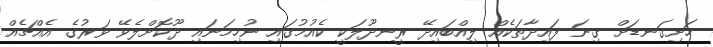
ހަށިގަނޑަށް ގިނަ ފައިދާތަކެއް ލިއްބައިދޭ ރީނދޫލަކީ ކެއުމުގައި ނުހިމަނައި ދޫކޮށްލެވޭ ވަރުގެ އެއްޗެއް